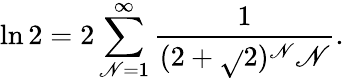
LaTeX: \ln2=2\sum_{\mathscr{N}=1}^{\infty}{\frac{{1}}{{(2+{\sqrt{}{{2}}})^{\mathscr{N}}\mathscr{N}}}}.